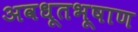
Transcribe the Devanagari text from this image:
अवधूतभूषाण